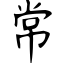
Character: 常